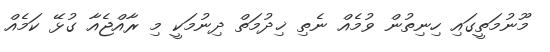
މޫނުމަތީގައި ހިނިތުން ވުމެއް ނެތި ޚިދުމަތް ދިނުމަކީ މި ރާއްޖެއާ ގުޅޭ ކަމެއް